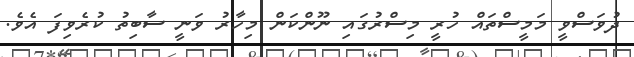
ދުވަސްވީ މަމީސްތައް ހުރީ މިސްރުގައި ނޫންކަން މިހާރު ވަނީ ސާބިތު ކުރެވިފަ އެވެ.